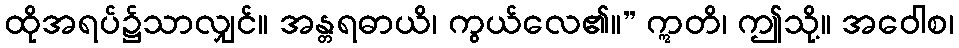
ထိုအရပ်၌သာလျှင်။ အန္တရဓာယိ၊ ကွယ်လေ၏။” ဣတိ၊ ဤသို့။ အဝေါစ၊